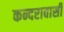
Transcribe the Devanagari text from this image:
कन्दरावासी